Report on sanitation, dispensaries, and jails in Rajputana for 1911, and on vaccination for the year 1911-1912 - 1911-1912
Year: 1911
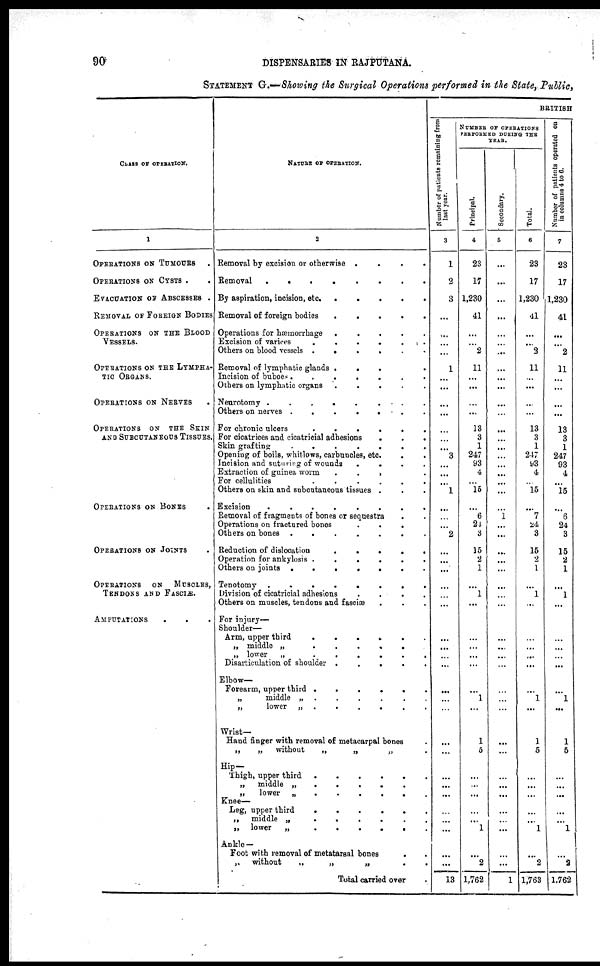
90
DISPENSARIES IN RAJPUTANA.
STATEMENT G.—Showing the Surgical Operations performed in the State, Public,
CLASS OF OPERATION.
1
OPERATIONS ON TUMOURS .
OPERATIONS ON CYSTS . .
EVACUATION ON ABSCESSES .
REMOVAL or FOREIGN BODIES
OPERATIONS ON THE BLOOD
VESSELS.
OPERATIONS ON THE LYMPHA-
TIC ORGANS.
OPERATIONS ON NERVES .
OPERATIONS ON THE SKIN
AND SUBCUTANEOUS TISSUES.
OPERATIONS ON BONES .
OPERATIONS ON JOINTS .
OPERATIONS
ON
MUSCLES,
TENDONS AND FASCLE.
AMPUTATIONS
.
.
NATURE OF OPERATION.
2
Removal by excision or otherwise
.
.
.
.
Removal
.
.
.
.
.
By aspiration, incision, etc.
.
.
.
.
Removal of foreign bodies
.
.
.
.
Operations for hæmorrhage . .. . .
Excision of varices
. . . . . . .
Others on blood vessels
.
.
.
.
.
Removal of lymphatic glands . . . . . .
Incision of buboes
.
.
.
.
.
Others on lymphatic organs . . . .
Neurotomy
.
.
.
.
.
Others on nerves
.
.
.
.
.
For chronic ulcers . . . . .
For cicatrices and cicatricial adhesions
.
.
.
Skin grafting
.
.
.
.
Opening of boils, whitlows, carbuncles, etc.
Incision and suturing of wounds
.
.
.
.
.
Extraction of guinea worm . . . . .
For cellulites . . . . .
Others on skin and subcutaneous tissues . . . .
Excision
.
.
.
.
.
Removal of fragments of bones or sequestra . .
Operations on fractured bones
.
.
.
.
Others on bones
.
.
.
.
.
Reduction of dislocation
.
.
.
.
.
.
.
Operation for ankylosis
.
.
.
.
.
Others on joints
.
.
.
.
.
Tenotomy
.
.
.
.
.
.
Division of cicatricial adhesions
.
.
.
.
Others on muscles, tendons and fasciæ . . .
For injury—
Shoulder—
Arm, upper third
.
.
.
.
.
.
„ middle „
.
.
.
.
.
„ lower
„
.
.
.
.
.
.
Disarticulation of shoulder
.
.
.
.
.
.
Elbow—
Forearm, upper third
.
.
.
.
.
.
.
„
middle
„
.
.
.
.
.
„
lower „
.
.
.
.
.
.
Wrist—
Hand finger with removal of metacarpal bones .
„
„
without
„
„
„ .
Hip—
Thigh, upper third
.
.
.
.
.
„
middle
„
.
.
.
.
.
.
„
lower
„
.
.
.
.
.
Knee—
Leg, upper third
.
.
.
.
.
.
,,
middle „
.
.
.
.
.
.
„
lower
„
.
.
.
.
.
Ankle —
Foot with removal of metatarsal bones . .
„
without
„
„
„
.
.
Total carried over .
BRITISH
Number of patients remaining from
last year.
3
1
2
3
...
...
...
...
1
...
...
...
...
...
...
...
3
...
...
...
1
...
...
...
2
...
...
...
...
...
...
...
...
...
...
...
...
...
...
...
...
...
...
...
...
...
...
...
13
NUMBER OF OPERATIONS
PERFORMED DURING THE
YEAR.
Principal.
4
23
17
1,230
41
...
...
2
11
...
...
...
...
13
3
1
247
93
4
...
15
...
6
24
3
15
2
1
...
1
...
...
...
...
...
...
1
...
1
5
...
...
...
...
...
1
...
2
1,762
Secondary.
5
...
...
...
...
...
...
...
...
...
...
...
...
...
...
...
...
...
...
...
...
...
1
...
...
...
...
...
...
...
...
...
...
...
...
...
...
...
...
...
...
...
...
...
...
...
...
...
1
Total.
6
23
17
1,230
41
...
...
2
11
...
...
...
...
13
3
1
247
93
4
...
15
...
7
24
3
15
2
1
...
1
...
...
...
...
...
...
1
...
1
5
...
...
...
...
...
1
...
2
1,763
Number of patients operated on
in columns 4 to 6.
7
23
17
1,230
41
...
...
2
11
...
...
...
...
13
3
1
247
93
4
...
15
...
6
24
3
15
2
1
...
1
...
...
...
...
...
...
1
...
1
5
...
...
...
...
...
1
...
2
1,762